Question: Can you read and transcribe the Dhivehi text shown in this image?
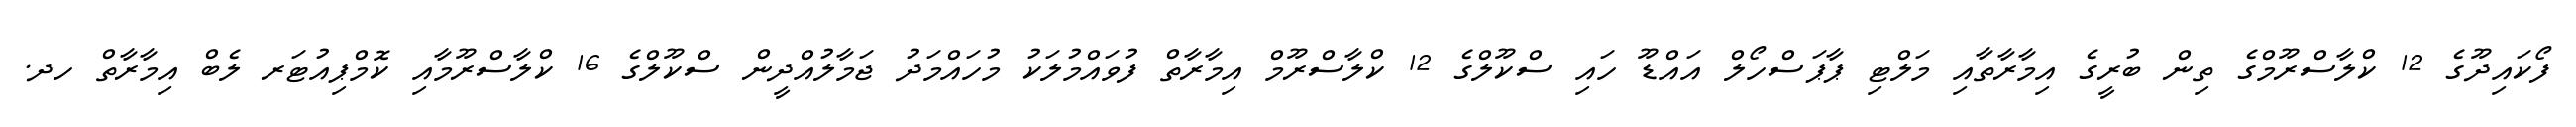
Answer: ފޯކައިދޫގެ 12 ކްލާސްރޫމްގެ ތިން ބުރީގެ އިމާރާތާއި މަލްޓި ޕާޕަސްހޯލް އައްޑޫ ހައި ސްކޫލްގެ 12 ކްލާސްރޫމް އިމާރާތް ފުވައްމުލަކު މުހައްމަދު ޖަމާލުއްދީން ސްކޫލްގެ 16 ކްލާސްރޫމާއި ކޮމްޕިއުޓަރ ލެބް އިމާރާތް ހދ.